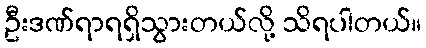
ဦးဒဏ်ရာရရှိသွားတယ်လို့ သိရပါတယ်။